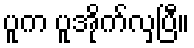
ပူက ပူအိုက်လှပြီ။